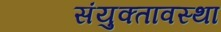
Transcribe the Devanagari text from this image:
संयुक्तावस्था